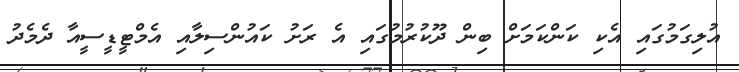
އުލިގަމުގައި އެކި ކަންކަމަށް ބިން ދޫކުރުމުގައި އެ ރަށު ކައުންސިލާއި އެމްޓީޑީސީއާ ދެމެދު